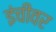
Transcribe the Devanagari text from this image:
इंचीवर